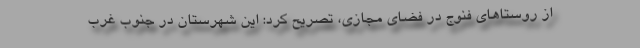
از روستا‌های فنوج در فضای مجازی، تصریح کرد: این شهرستان در جنوب غرب